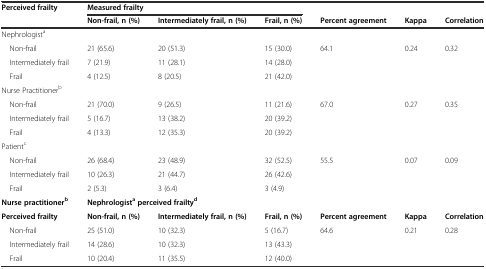
<table><thead><tr><td><b>Perceived frailty</b></td><td colspan="3"><b>Measured frailty</b></td><td></td><td></td><td></td></tr><tr><td></td><td><b>Non-frail, n (%)</b></td><td><b>Intermediately frail, n (%)</b></td><td><b>Frail, n (%)</b></td><td><b>Percent agreement</b></td><td><b>Kappa</b></td><td><b>Correlation</b></td></tr></thead><tbody><tr><td colspan="7">Nephrologist<sup>a</sup></td></tr><tr><td> Non-frail</td><td>21 (65.6)</td><td>20 (51.3)</td><td>15 (30.0)</td><td>64.1</td><td>0.24</td><td>0.32</td></tr><tr><td> Intermediately frail</td><td>7 (21.9)</td><td>11 (28.1)</td><td>14 (28.0)</td><td></td><td></td><td></td></tr><tr><td> Frail</td><td>4 (12.5)</td><td>8 (20.5)</td><td>21 (42.0)</td><td></td><td></td><td></td></tr><tr><td>Nurse Practitioner<sup>b</sup></td><td></td><td></td><td></td><td></td><td></td><td></td></tr><tr><td> Non-frail</td><td>21 (70.0)</td><td>9 (26.5)</td><td>11 (21.6)</td><td>67.0</td><td>0.27</td><td>0.35</td></tr><tr><td> Intermediately frail</td><td>5 (16.7)</td><td>13 (38.2)</td><td>20 (39.2)</td><td></td><td></td><td></td></tr><tr><td> Frail</td><td>4 (13.3)</td><td>12 (35.3)</td><td>20 (39.2)</td><td></td><td></td><td></td></tr><tr><td>Patient<sup>c</sup></td><td></td><td></td><td></td><td></td><td></td><td></td></tr><tr><td> Non-frail</td><td>26 (68.4)</td><td>23 (48.9)</td><td>32 (52.5)</td><td>55.5</td><td>0.07</td><td>0.09</td></tr><tr><td> Intermediately frail</td><td>10 (26.3)</td><td>21 (44.7)</td><td>26 (42.6)</td><td></td><td></td><td></td></tr><tr><td> Frail</td><td>2 (5.3)</td><td>3 (6.4)</td><td>3 (4.9)</td><td></td><td></td><td></td></tr><tr><td><b>Nurse practitioner</b><sup><b>b</b></sup></td><td colspan="3"><b>Nephrologist</b><sup><b>a</b></sup><b>perceived frailty</b><sup><b>d</b></sup></td><td></td><td></td><td></td></tr><tr><td><b>Perceived frailty</b></td><td><b>Non-frail, n (%)</b></td><td><b>Intermediately frail, n (%)</b></td><td><b>Frail, n (%)</b></td><td><b>Percent agreement</b></td><td><b>Kappa</b></td><td><b>Correlation</b></td></tr><tr><td> Non-frail</td><td>25 (51.0)</td><td>10 (32.3)</td><td>5 (16.7)</td><td>64.6</td><td>0.21</td><td>0.28</td></tr><tr><td> Intermediately frail</td><td>14 (28.6)</td><td>10 (32.3)</td><td>13 (43.3)</td><td></td><td></td><td></td></tr><tr><td> Frail</td><td>10 (20.4)</td><td>11 (35.5)</td><td>12 (40.0)</td><td></td><td></td><td></td></tr></tbody></table>